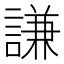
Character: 謙